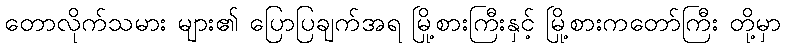
တောလိုက်သမား များ၏ ပြောပြချက်အရ မြို့စားကြီးနှင့် မြို့စားကတော်ကြီး တို့မှာ